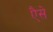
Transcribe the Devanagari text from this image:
एैसे